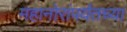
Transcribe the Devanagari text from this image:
महानोरांपर्यंतच्या